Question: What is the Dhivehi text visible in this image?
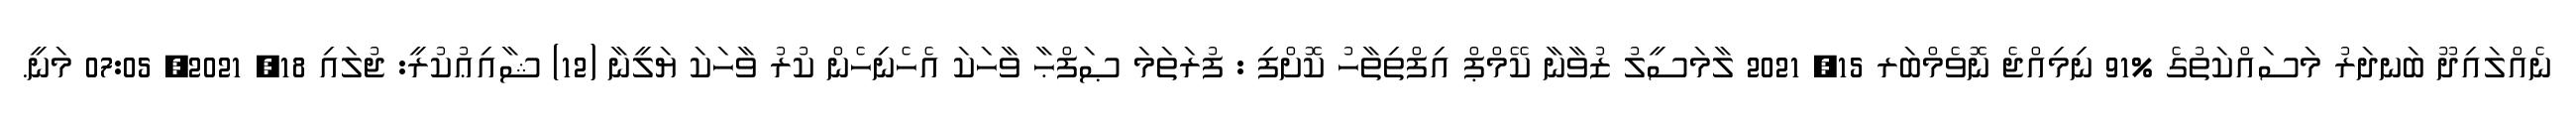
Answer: ނެއްލައިދޫ ބަނދަރު މަސައްކަތުގެ %91 ނިމިއްޖެ ނޮވެމްބަރ 15, 2021 ލާމަސީލު ޒުވާނާ ކޭމްޕް އިފްތިތާހު ކޮށްފި : ފުރަތަމަ ޞަފްޙާ ވާހަކަ އެހެނިހެން ކުރު ވާހަކަ ޔަލީނާ (12) ޝާއިޢުކުރީ: ޖުލައި 18, 2021, 07:05 މަނީ.